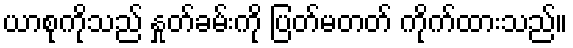
ယာစုကိုသည် နှုတ်ခမ်းကို ပြတ်မတတ် ကိုက်ထားသည်။